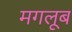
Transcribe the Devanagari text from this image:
मगलूब